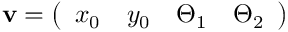
\mathbf { v } = \left( \begin{array} { l l l l } { x _ { 0 } } & { y _ { 0 } } & { \Theta _ { 1 } } & { \Theta _ { 2 } } \end{array} \right)